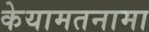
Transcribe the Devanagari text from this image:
केयामतनामा